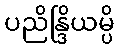
ပညိန္ဒြိယမ္ပိ